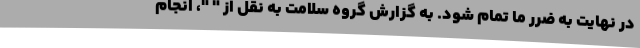
در نهایت به ضرر ما تمام شود. به گزارش گروه سلامت به نقل از " "، انجام